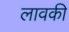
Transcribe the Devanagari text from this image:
लावकी